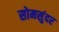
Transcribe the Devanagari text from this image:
सोमसुंदर